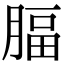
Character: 腷